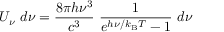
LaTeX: U _ { \nu } ~ d \nu = { \frac { 8 \pi h \nu ^ { 3 } } { c ^ { 3 } } } ~ { \frac { 1 } { e ^ { h \nu / k _ { \mathrm { { B } } } T } - 1 } } ~ d \nu